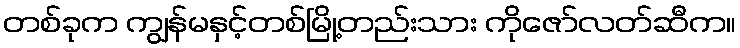
တစ်ခုက ကျွန်မနှင့်တစ်မြို့တည်းသား ကိုဇော်လတ်ဆီက။